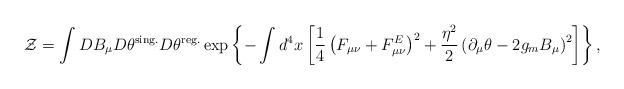
LaTeX: \begin{align*}{\cal Z}=\int DB_\mu D\theta^{{\rm sing.}} D\theta^{{\rm reg.}}\exp\left\{-\int d^4x\left[\frac14\left(F_{\mu\nu}+F_{\mu\nu}^E\right)^2+\frac{\eta^2}{2}\left(\partial_\mu\theta-2g_mB_\mu\right)^2\right]\right\},\end{align*}